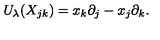
U _ { \lambda } ( X _ { j k } ) = x _ { k } \partial _ { j } - x _ { j } \partial _ { k } .